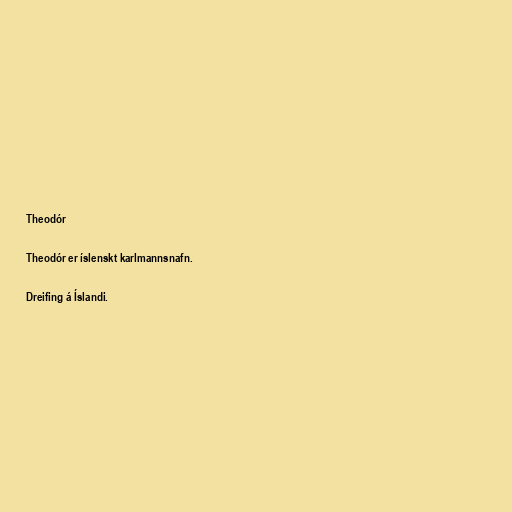
Theodór

Theodór er íslenskt karlmannsnafn.

Dreifing á Íslandi.